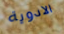
الادوية